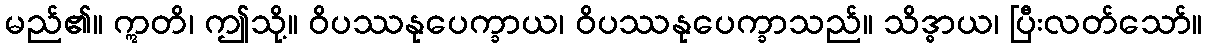
မည်၏။ ဣတိ၊ ဤသို့။ ဝိပဿနုပေက္ခာယ၊ ဝိပဿနုပေက္ခာသည်။ သိဒ္ဓာယ၊ ပြီးလတ်သော်။